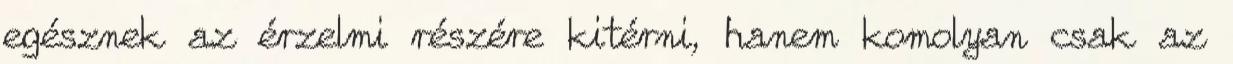
egésznek az érzelmi részére kitérni, hanem komolyan csak az